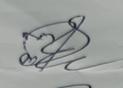
Signature authenticity: genuine